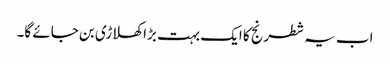
اب یہ شطرنج کا ایک بہت بڑا کھلاڑی بن جائے گا۔